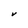
Character: V